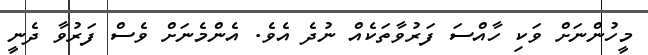
މީހުންނަށް ވަކި ހާއްސަ ފަރުވާތަކެއް ނުދެ އެވެ. އެންމެނަށް ވެސް ފަރުވާ ދެނީ